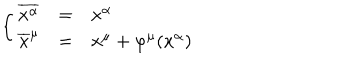
LaTeX: \left\{ \begin{array} { r c l } { { \overline { { { x ^ { \alpha } } } } } } & { { = } } & { { x ^ { \alpha } } } \\ { { \overline { { { x } } } ^ { \mu } } } & { { = } } & { { x ^ { \mu } + \varphi ^ { \mu } ( x ^ { \alpha } ) } } \\ \end{array} \right.